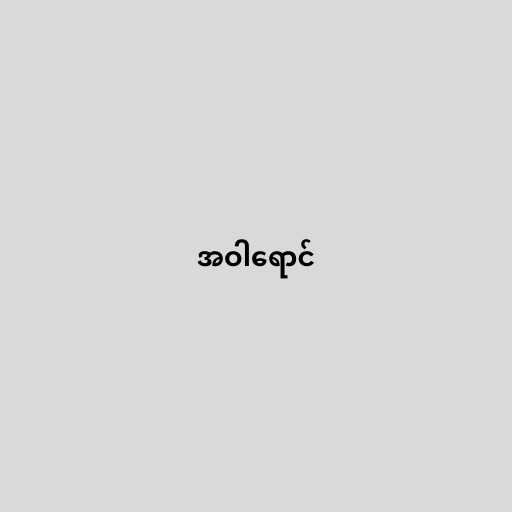
အဝါရောင်